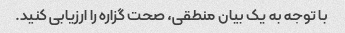
با توجه به یک بیان منطقی، صحت گزاره را ارزیابی کنید.